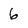
Character: 6